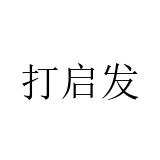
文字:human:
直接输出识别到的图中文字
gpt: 打启发